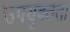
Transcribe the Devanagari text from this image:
उपयूक्तता